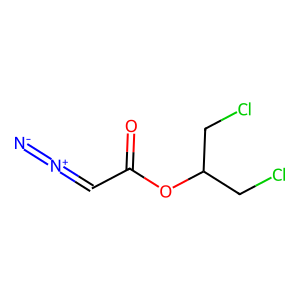
SMILES: [N-]=[N+]=CC(=O)OC(CCl)CCl
Inhibits HIV replication: No